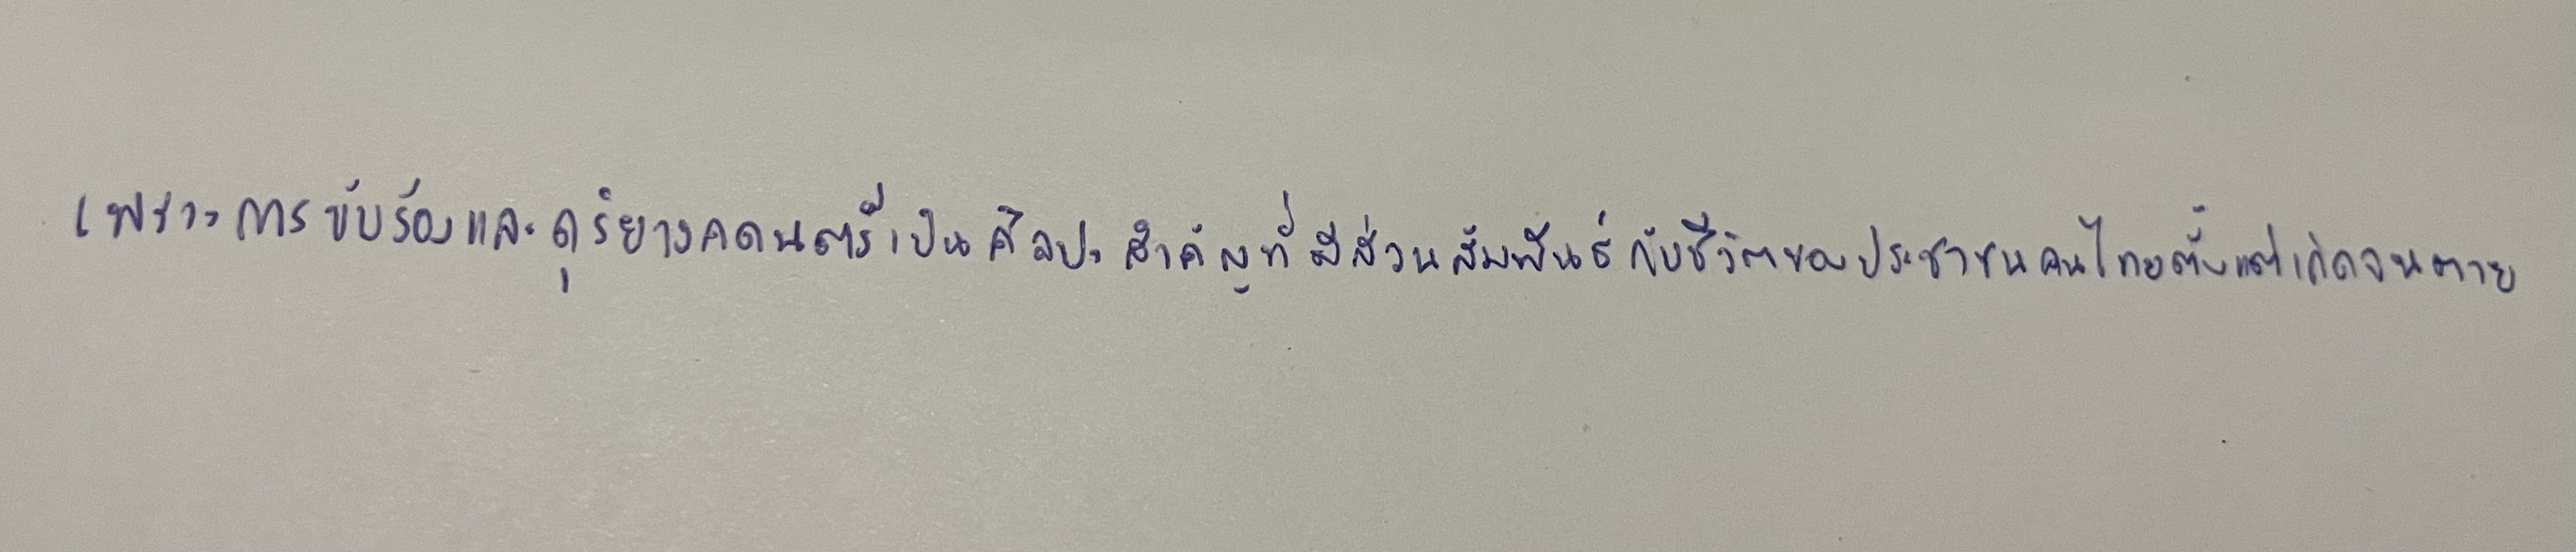
เพราะการขับร้องและดุริยางคดนตรีเป็นศิลปะสำคัญที่มีส่วนสัมพันธ์กับชีวิตของประชาชนคนไทยตั้งแต่เกิดจนตาย